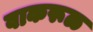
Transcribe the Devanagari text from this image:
वाकरूळ